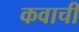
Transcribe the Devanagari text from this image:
कवाची